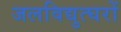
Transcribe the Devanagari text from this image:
जलविद्युत्घरों